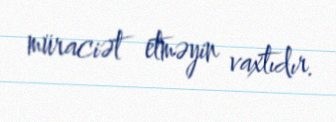
müraciət etməyin vaxtıdır.